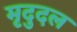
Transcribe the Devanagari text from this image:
मृदुदल